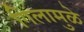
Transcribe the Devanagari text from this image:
गिलामुळे